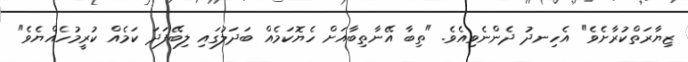
ޒިޔާރަތްކުރާށެވެ" އެހިނދު ދެންނެވިއެވެ. "ތިބާ އޭނާތިބާއަށް ހެޔޮކަމެއް ބަދަލުގައި ލިބޭފަދަ ކަމެއް ކުރީމުހެއްޔެވެ"